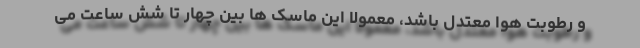
و رطوبت هوا معتدل باشد، معمولا این ماسک ها بین چهار تا شش ساعت می